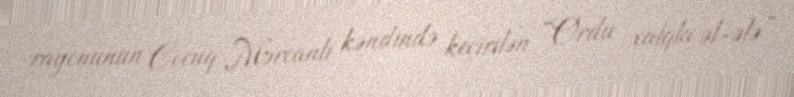
rayonunun Cocuq Mərcanlı kəndində keçirilən “Ordu xalqla əl-ələ”